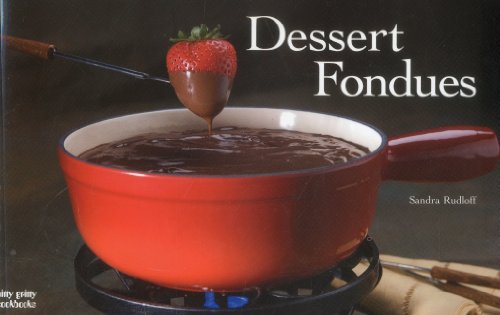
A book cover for Dessert Fondues (Nitty Gritty Cookbooks); Sandra Rudloff; Cookbooks, Food & Wine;